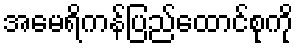
အမေရိကန်ပြည်ထောင်စုကို